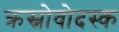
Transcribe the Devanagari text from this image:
क्रस्नोवोदस्क